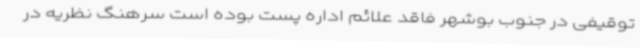
توقیفی در جنوب بوشهر فاقد علائم اداره پست بوده است سرهنگ نظریه در